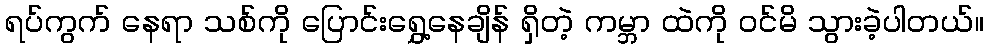
ရပ်ကွက် နေရာ သစ်ကို ပြောင်းရွှေ့နေချိန် ရှိတဲ့ ကမ္ဘာ ထဲကို ဝင်မိ သွားခဲ့ပါတယ်။